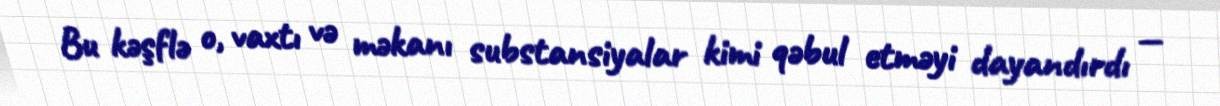
Bu kəşflə o, vaxtı və məkanı substansiyalar kimi qəbul etməyi dayandırdı —